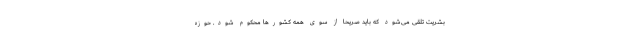
بشریت تلقی می‌شود که باید صریحا از سوی همه کشورها محکوم شود. حوزه